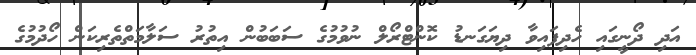
އަދި ދޯނީގައި ހެދިފައިވާ ދިޔަގަނޑު ކޮންޓްރޯލް ނުވުމުގެ ސަބަބުން އިތުރު ސަލާމަތްތެރިކަން ހޯދުމުގެ